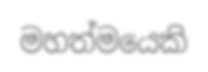
මහත්මයෙකි